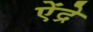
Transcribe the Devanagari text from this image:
ऐंद्रे